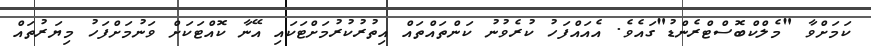
ކަމަށްވާ "މެލްކްބޮސްޓްރެންޑު"ގައެވެ. އެއައްފަހު ކުރެވުނު ކަންތައްތައް އިތުރުކުރުމަށްޓަކައި އޭނާ ކޮއްޓަކަށް ވަނުމަށްފަހު މިޔަރުތައް